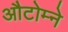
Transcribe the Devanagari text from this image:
औटोम्ने